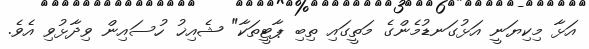
އަޅާ މިކިޔަނީ އަޅުގަނޑުމެންގެ މަތީގައި ތިބި ޕާޓީތަކާ" ޝެއިޚު ހުސައިން ވިދާޅުވި އެވެ.